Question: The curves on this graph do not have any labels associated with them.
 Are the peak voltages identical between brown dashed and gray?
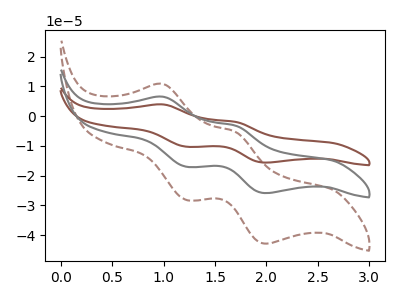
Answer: <think>The brown curve "brown" has anodic peaks at (1.00V, 13.05uA) (1.70V, -6.40uA) and cathodic peaks at (1.20V, -34.00uA) (2.00V, -51.70uA). The brown dashed curve "brown dashed" has anodic peaks at (1.00V, 10.80uA) (1.70V, -5.30uA) and cathodic peaks at (1.20V, -28.15uA) (2.00V, -42.80uA). The gray curve "gray" has anodic peaks at (1.00V, 6.50uA) (1.70V, -3.20uA) and cathodic peaks at (1.20V, -17.00uA) (2.00V, -25.85uA).</think>
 <answer>Yes, "brown dashed" have a peak in "gray" at the same potential.</answer>
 <eval>match</eval>